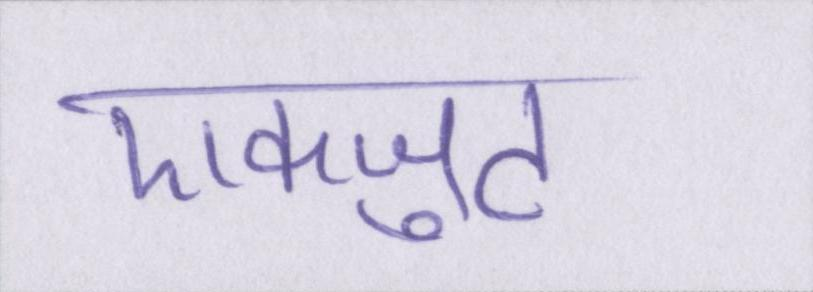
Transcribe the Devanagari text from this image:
एकजुट